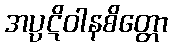
အပ္ပဋိဝါနစိတ္တော